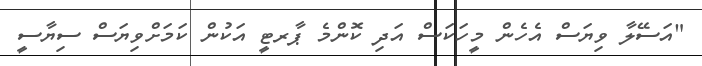
"އަސޭލާ ވިޔަސް އެހެން މީހަކަސް އަދި ކޮންމެ ޕާރޓީ އަކުން ކަމަށްވިޔަސް ސިޔާސީ